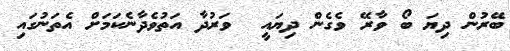
ބޭރުން ދިޔަ ބޯ ވާރޭ ވެގެން ދިޔައީ  ވަރުދާ އަތުވެދާނެކަމަށް އެތަނުގައި